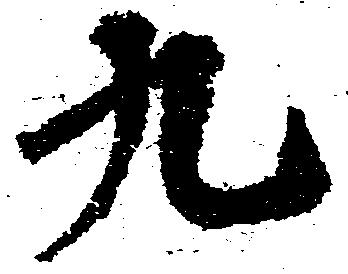
九